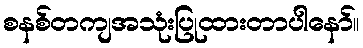
စနစ်တကျအသုံးပြုထားတာပါနော်။